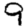
Digit: 9